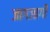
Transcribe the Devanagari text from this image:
जागजागीं